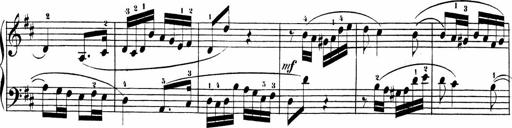
Title: Sonatinas
Composer: Andrew Violette